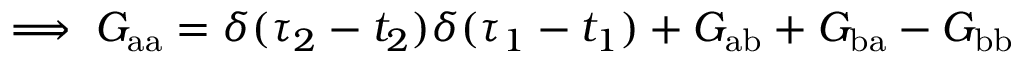
\implies G _ { \mathrm { a a } } = \delta ( \tau _ { 2 } - t _ { 2 } ) \delta ( \tau _ { 1 } - t _ { 1 } ) + G _ { \mathrm { a b } } + G _ { \mathrm { b a } } - G _ { \mathrm { b b } }